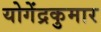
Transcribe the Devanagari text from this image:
योगेंद्रकुमार